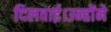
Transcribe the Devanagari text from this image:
दिलवाई।उन्होंने